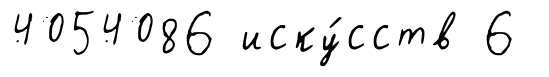
4054086 иску́сств 6